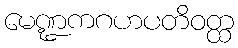
မေဏ္ဍကဂဟပတိဝတ္ထ